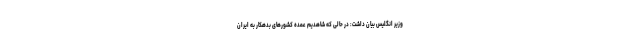
وزیر انگلیس بیان داشت: در حالی که شاهدیم عمده کشورهای بدهکار به ایران